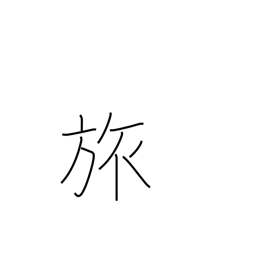
Meaning: travel